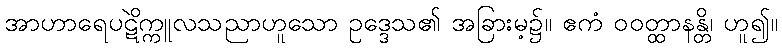
အာဟာရေပဋိက္ကူလသညာဟူသော ဥဒ္ဒေသ၏ အခြားမဲ့၌။ ဧကံ ဝဝတ္ထာနန္တိ၊ ဟူ၍။